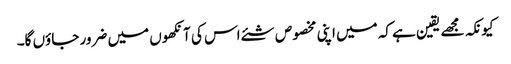
کیونکہ مجھے یقین ہے کہ میں اپنی مخصوص شئے اس کی آنکھوں میں ضرور جاؤں گا۔